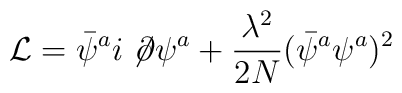
{\cal L}=\bar{\psi}^{a}i\not\!\partial\psi^{a}+{\lambda^{2}\over 2N}(\bar{\psi}^{a}\psi^{a})^{2}